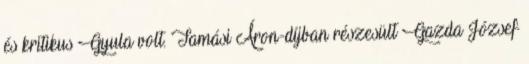
és kritikus Gyula volt. Tamási Áron-díjban részesült Gazda József